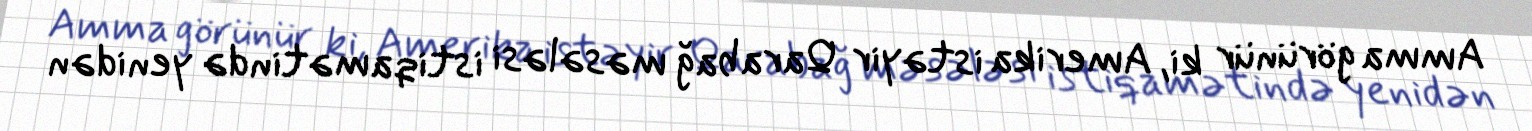
Amma görünür ki, Amerika istəyir Qarabağ məsələsi istiqamətində yenidən